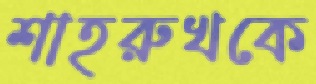
শাহরুখকে